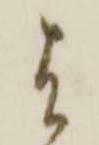
は